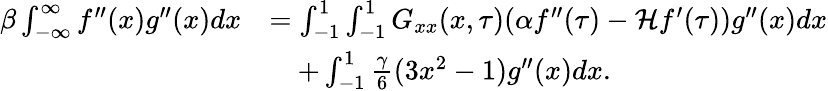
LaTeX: \begin{array}{rl}{\beta\int_{-\infty}^{\infty}f^{\prime\prime}(x)g^{\prime\prime}(x)dx}&{=\int_{-1}^{1}\int_{-1}^{1}G_{xx}(x,\tau)(\alpha f^{\prime\prime}(\tau)-\mathcal Hf^{\prime}(\tau))g^{\prime\prime}(x)dx}\\ &{\quad+\int_{-1}^{1}\frac{\gamma}{6}(3x^{2}-1)g^{\prime\prime}(x)dx.}\end{array}